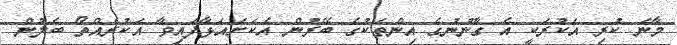
މާނަ ކުރި އަކުރަކީ އެ ގާނޫނުގެ އިންތަކުގެ ބޭރުން އެކަށައަޅާފައިވާ އަކުރެއްތޯ ބެލުން